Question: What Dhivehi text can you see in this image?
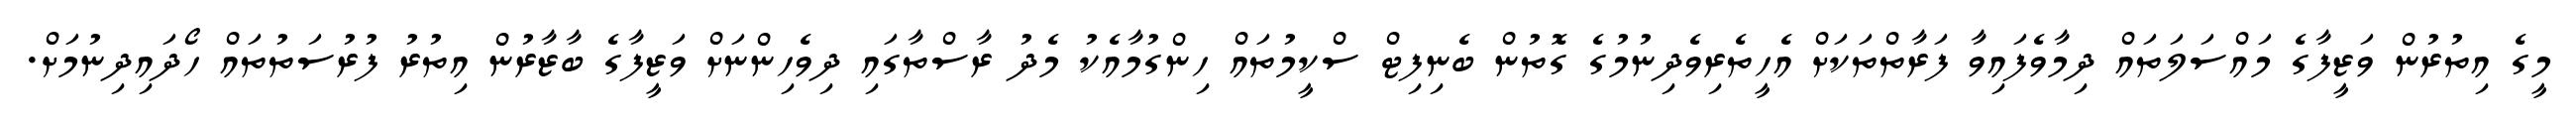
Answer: މީގެ އިތުރުން ވަޒީފާގެ މައްސަލަތައް ދިމާވެފައިވާ ފަރާތްތަކަށް އެހީތެރިވެދިނުމުގެ ގޮތުން ބެނިފިޓް ސްކީމުތައް ހިންގުމާއެކު މެދު ރާސްތާގައި ދިވެހިންނަށް ވަޒީފާގެ ބާޒާރުން އިތުރު ފުރުސަތުތައް ހޯދައިދިނުމަށް.